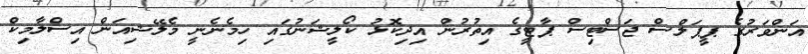
އަންވަރުގެ ޕީޕަލްސް ޖަސްޓިސް ޕާޓީގެ އިތުރުން އިދިކޮޅު ކޯލީޝަނުގައި ހިމެނެނީ މެލޭޝިއަން އިސްލާމިކް